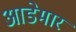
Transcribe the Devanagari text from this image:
आडेमार